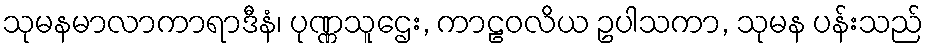
သုမနမာလာကာရာဒီနံ၊ ပုဏ္ဏသူဌေး, ကာဠဝလိယ ဥပါသကာ, သုမန ပန်းသည်